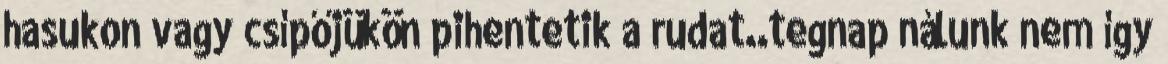
hasukon vagy csípőjükön pihentetik a rudat..tegnap nálunk nem így